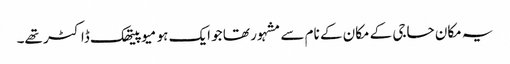
یہ مکان حاجی کے مکان کے نام سے مشہور تھا جو ایک ہو میوپیتھک ڈاکٹر تھے۔